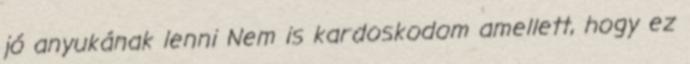
jó anyukának lenni Nem is kardoskodom amellett, hogy ez